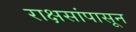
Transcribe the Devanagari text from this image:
राक्षसांपासून